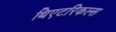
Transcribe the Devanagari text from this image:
थिएटरिकल्स